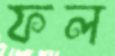
ফল